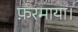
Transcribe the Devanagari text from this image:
फ़रमाया।